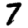
Digit: 7